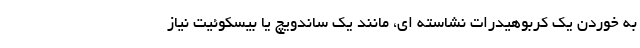
به خوردن یک کربوهیدرات نشاسته ای، مانند یک ساندویچ یا بیسکوئیت نیاز